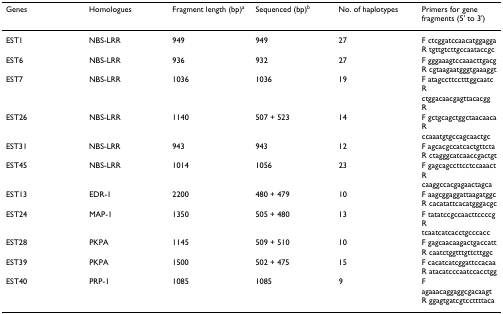
<table><thead><tr><td><b>Genes</b></td><td><b>Homologues</b></td><td><b>Fragment length (bp)<sup>a</sup></b></td><td><b>Sequenced (bp)<sup>b</sup></b></td><td><b>No. of haplotypes</b></td><td><b>Primers for gene fragments (5&#x27; to 3&#x27;)</b></td></tr></thead><tbody><tr><td>EST1</td><td>NBS-LRR</td><td>949</td><td>949</td><td>27</td><td>F ctcggatccaacatggaggaR tgttgtcttgccaataccgc</td></tr><tr><td>EST6</td><td>NBS-LRR</td><td>936</td><td>932</td><td>27</td><td>F gggaaagtccaaacttgacgR cgtaagaatgggtgaaaggt</td></tr><tr><td>EST7</td><td>NBS-LRR</td><td>1036</td><td>1036</td><td>19</td><td>F atagccttcctttggcaatcR ctggacaacgagttacacgg R</td></tr><tr><td>EST26</td><td>NBS-LRR</td><td>1140</td><td>507 + 523</td><td>14</td><td>F gctgcagctggctaacaacaR ccaaatgtgccagcaactgc</td></tr><tr><td>EST31</td><td>NBS-LRR</td><td>943</td><td>943</td><td>12</td><td>F agcacgccatcactgttctaR ctagggcatcaaccgactgt</td></tr><tr><td>EST45</td><td>NBS-LRR</td><td>1014</td><td>1056</td><td>23</td><td>F gagcagccttcctccaaactR caaggccacgagaactagca</td></tr><tr><td>EST13</td><td>EDR-1</td><td>2200</td><td>480 + 479</td><td>10</td><td>F aagcggaggattaagatggcR cacatattcacatgggacgc</td></tr><tr><td>EST24</td><td>MAP-1</td><td>1350</td><td>505 + 480</td><td>13</td><td>F tatatccgccaacttccccgR tcaatcatcacctgcccacc</td></tr><tr><td>EST28</td><td>PKPA</td><td>1145</td><td>509 + 510</td><td>10</td><td>F gagcaacaagactgaccattR caatctggtttgttcttggc</td></tr><tr><td>EST39</td><td>PKPA</td><td>1500</td><td>502 + 475</td><td>15</td><td>F cacatcatcggattccacaaR atacatcccaatccacctgg</td></tr><tr><td>EST40</td><td>PRP-1</td><td>1085</td><td>1085</td><td>9</td><td>F agaaacaggaggcgacaagtR ggagtgatcgtccttttaca</td></tr></tbody></table>